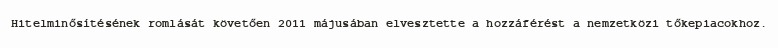
Hitelminősítésének romlását követően 2011 májusában elvesztette a hozzáférést a nemzetközi tőkepiacokhoz.